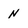
Character: n